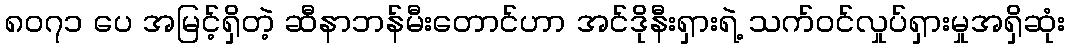
၈၀၇၁ ပေ အမြင့်ရှိတဲ့ ဆီနာဘန်မီးတောင်ဟာ အင်ဒိုနီးရှားရဲ့ သက်ဝင်လှုပ်ရှားမှုအရှိဆုံး